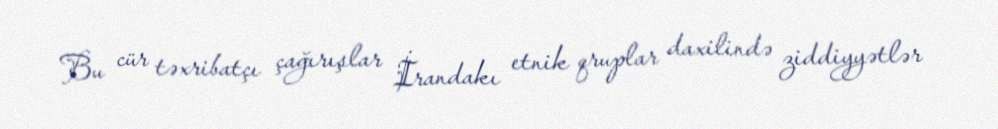
Bu cür təxribatçı çağırışlar İrandakı etnik qruplar daxilində ziddiyyətlər